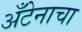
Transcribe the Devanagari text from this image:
अँटेनाचा